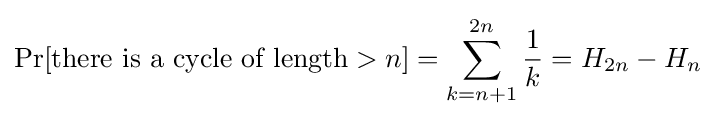
\Pr[{\mbox{there is a cycle of length}}>n]=\sum _{k=n+1}^{2n}{\frac {1}{k}}=H_{2n}-H_{n}